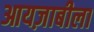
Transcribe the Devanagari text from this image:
आयज़ाबीला